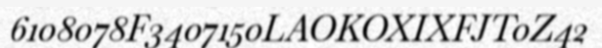
6108078F3407150LAOKOXIXFJT0Z42